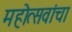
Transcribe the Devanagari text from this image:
महोत्सवांचा